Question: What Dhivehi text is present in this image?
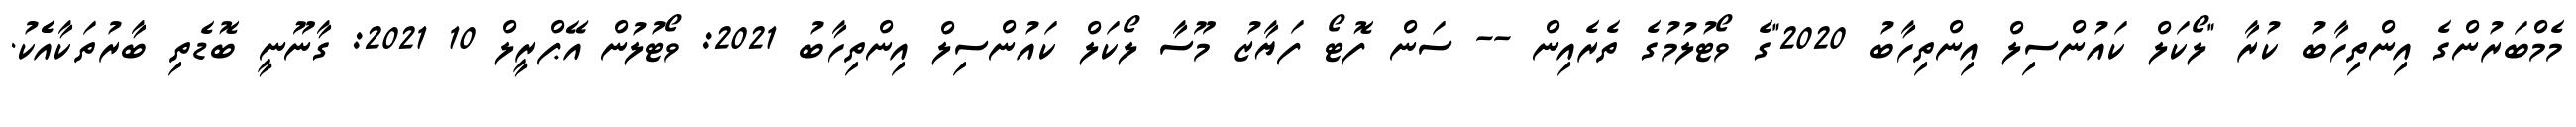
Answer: މެމްބަރުންގެ އިންތިހާބު ކުރާ "ލޯކަލް ކައުންސިލް އިންތިހާބު 2020"ގެ ވޯޓުލުމުގެ ތެރެއިން -- ސަން ފޮޓޯ ފަޔާޒު މޫސާ ލޯކަލް ކައުންސިލް އިންތިހާބު 2021: ވޯޓުލުން އޭޕްރީލް 10 2021: ގާނޫނީ ބޮޑެތި ބާރުތަކާއެެކު.